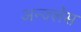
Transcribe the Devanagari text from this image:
अन्ज्लेस